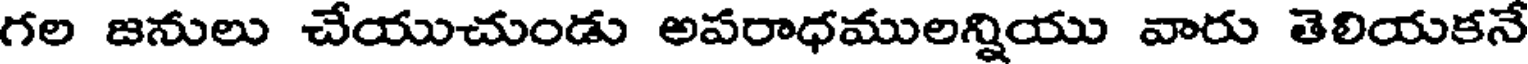
గల జనులు చేయుచుండు అవరాధములన్నియు వారు తెలియకనే